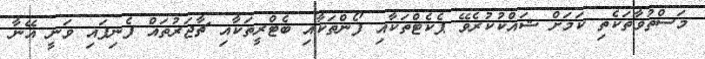
މަސްތުވާތަކެތި ކަމަށް ޝައްކުކުރެވޭ ޕެކެޓްތަކާއި ފޯންތަކާއި ބެޓްރީތަކާއި ޗާޖަރުތައް ފެނިފައި ވަނީ އޭނާ